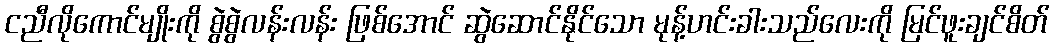
ငညီလိုကောင်မျိုးကို စွဲစွဲလန်းလန်း ဖြစ်အောင် ဆွဲဆောင်နိုင်သော မုန့်ဟင်းခါးသည်လေးကို မြင်ဖူးချင်စိတ်